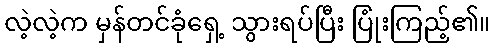
လဲ့လဲ့က မှန်တင်ခုံရှေ့ သွားရပ်ပြီး ပြုံးကြည့်၏။